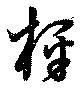
枰